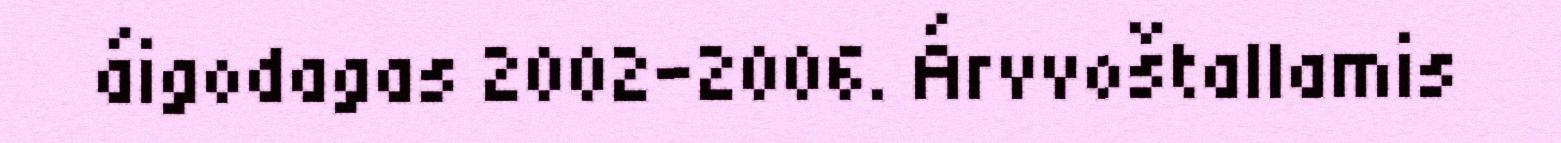
áigodagas 2002-2006. Árvvoštallamis